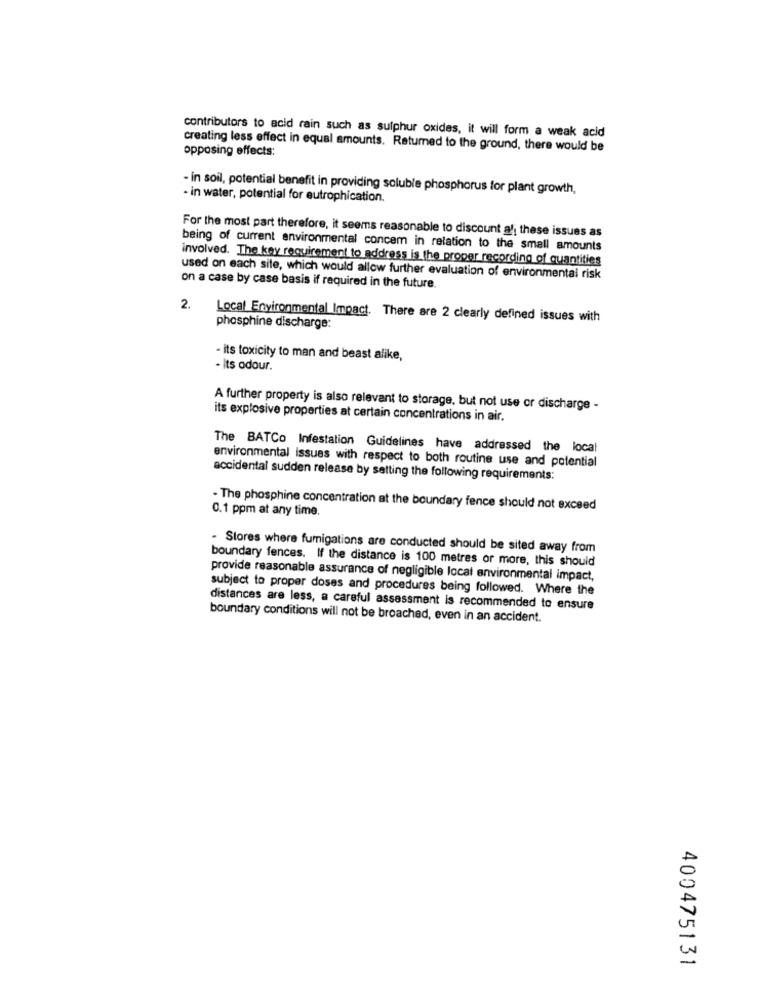
contributors to acid rain such as sulphur oxides, it will form a weak acid
creating less effect in equal amounts. Returned to the ground, there would be
opposing effects:
- in soil, potential benefit in providing soluble phosphorus for plant growth,
- in water, potential for eutrophication.
For the most part therefore, it seems reasonable to discount al; these issues as
being of current environmental concem in relation to the small amounts
involved. The key requirement to address is the proper recording of quantities
used on each site, which would allow further evaluation of environmental risk
on a case by case basis if required in the future.
2. Local Environmental Impact. There are 2 clearly defined issues with
phosphine discharge:
- its toxicity to man and beast alike,
- Its odour.
A further property is also relevant to storage, but not use or discharge -
its explosive properties at certain concentrations in air.
The BATCo Infestation Guidelines have addressed the local
environmental issues with respect to both routine use and potential
accidental sudden release by setting the following requirements:
- The phosphine concentration at the boundary fence should not exceed
0.1 ppm at any time.
- Stores where fumigations are conducted should be sited away from
boundary fences. If the distance is 100 metres or more, this should
provide reasonable assurance of negligible local environmental impact,
subject to proper doses and procedures being followed. Where the
distances are less, a careful assessment is recommended to ensure
boundary conditions will not be broached, even in an accident.
400475131